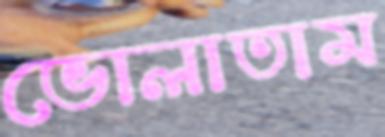
ভোলাতাম